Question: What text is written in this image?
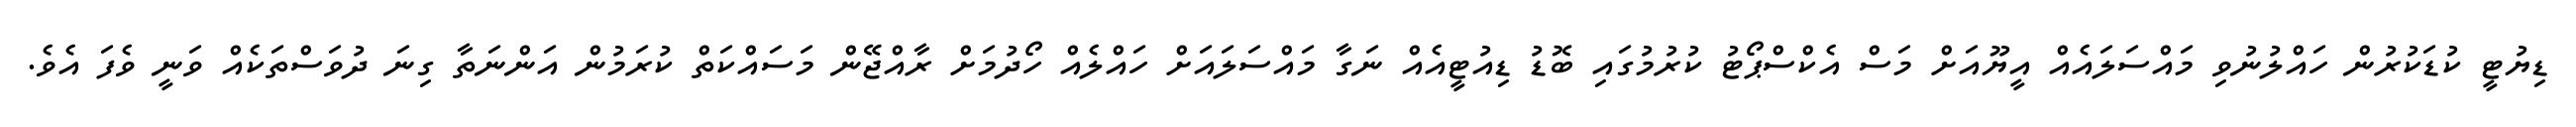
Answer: ޑިޔުޓީ ކުޑަކުރުން ހައްލުނުވި މައްސަލައެއް އީޔޫއަށް މަސް އެކްސްޕޯޓު ކުރުމުގައި ބޮޑު ޑިއުޓީއެއް ނަގާ މައްސަލައަށް ހައްލެއް ހޯދުމަށް ރާއްޖޭން މަސައްކަތް ކުރަމުން އަންނަތާ ގިނަ ދުވަސްތަކެއް ވަނީ ވެފަ އެވެ.